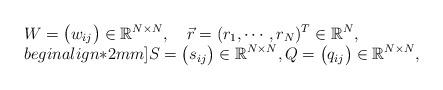
LaTeX: \begin{align*}\begin{array}{@{}l@{}}{\displaystyle W = \big( w_{ij} \big) \in \mathbb{R}^{N\times N}, \quad\vec{r} = (r_1,\cdots, r_N)^{T}\in \mathbb{R}^{N}, }\\begin{align*}2mm]{\displaystyle S = \big(s_{ij}\big)\in \mathbb{R}^{N\times N}, Q = \big(q_{ij}\big)\in \mathbb{R}^{N\times N}, }\end{array}\end{align*}